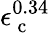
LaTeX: \epsilon_{\mathrm{~c~}}^{0.34}